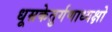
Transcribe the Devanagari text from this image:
धूम्रकेतुर्गणाध्यक्षो